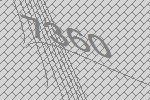
7360